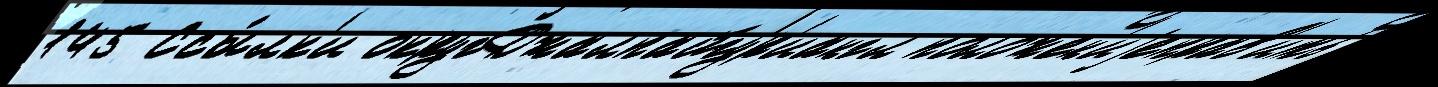
145 Ссы́лк'и округДжалпайгур'иангл положен'иjеправ'ить